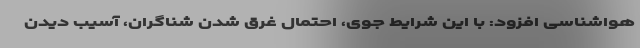
هواشناسی افزود: با این شرایط جوی، احتمال غرق شدن شناگران، آسیب دیدن